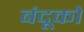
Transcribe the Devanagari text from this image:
बंदूको